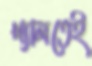
খ্যালতেই